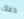
دعك